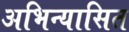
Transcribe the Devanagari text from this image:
अभिन्यासित